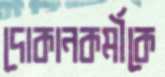
দোকানকর্মীকে